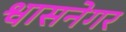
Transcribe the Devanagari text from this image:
श्वासनेगर